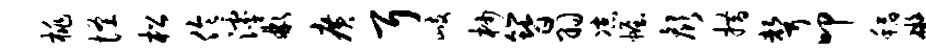
桃怪松伶滹彬广耳歧杪簪羽凉幄颜措声叩稻碍